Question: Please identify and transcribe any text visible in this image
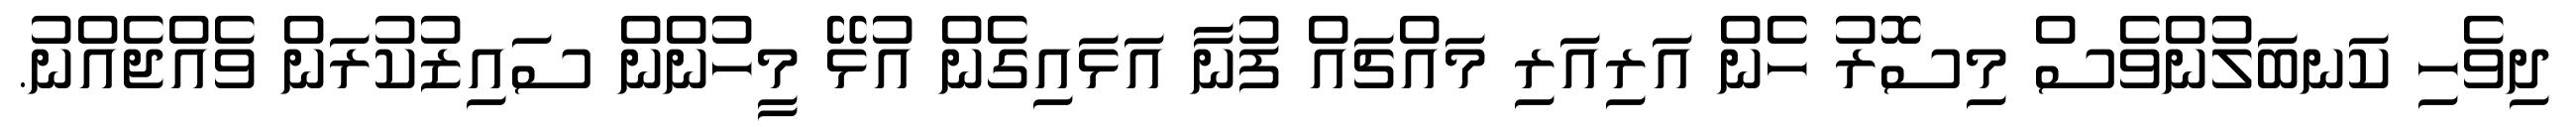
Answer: ދިވެހި ކަނބަލުންވެސް މިސޮރު ހެން އަރިއަރި މައްޗައް ފުނާ އަޅައިގެން އުޅޭ މީހުންން ސައިޒުކުރަން ވެއްޖެއްނު.